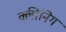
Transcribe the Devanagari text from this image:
क्लीनिग